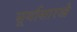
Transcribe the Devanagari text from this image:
सूर्यासारखे